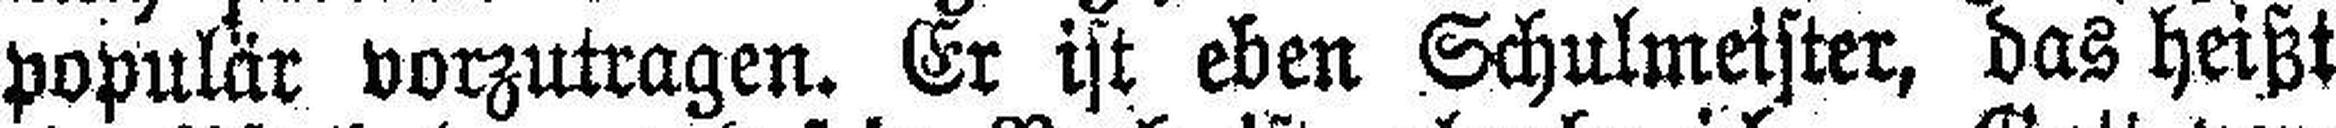
populär vorzutragen. Er ist eben Schulmeister, das heißt